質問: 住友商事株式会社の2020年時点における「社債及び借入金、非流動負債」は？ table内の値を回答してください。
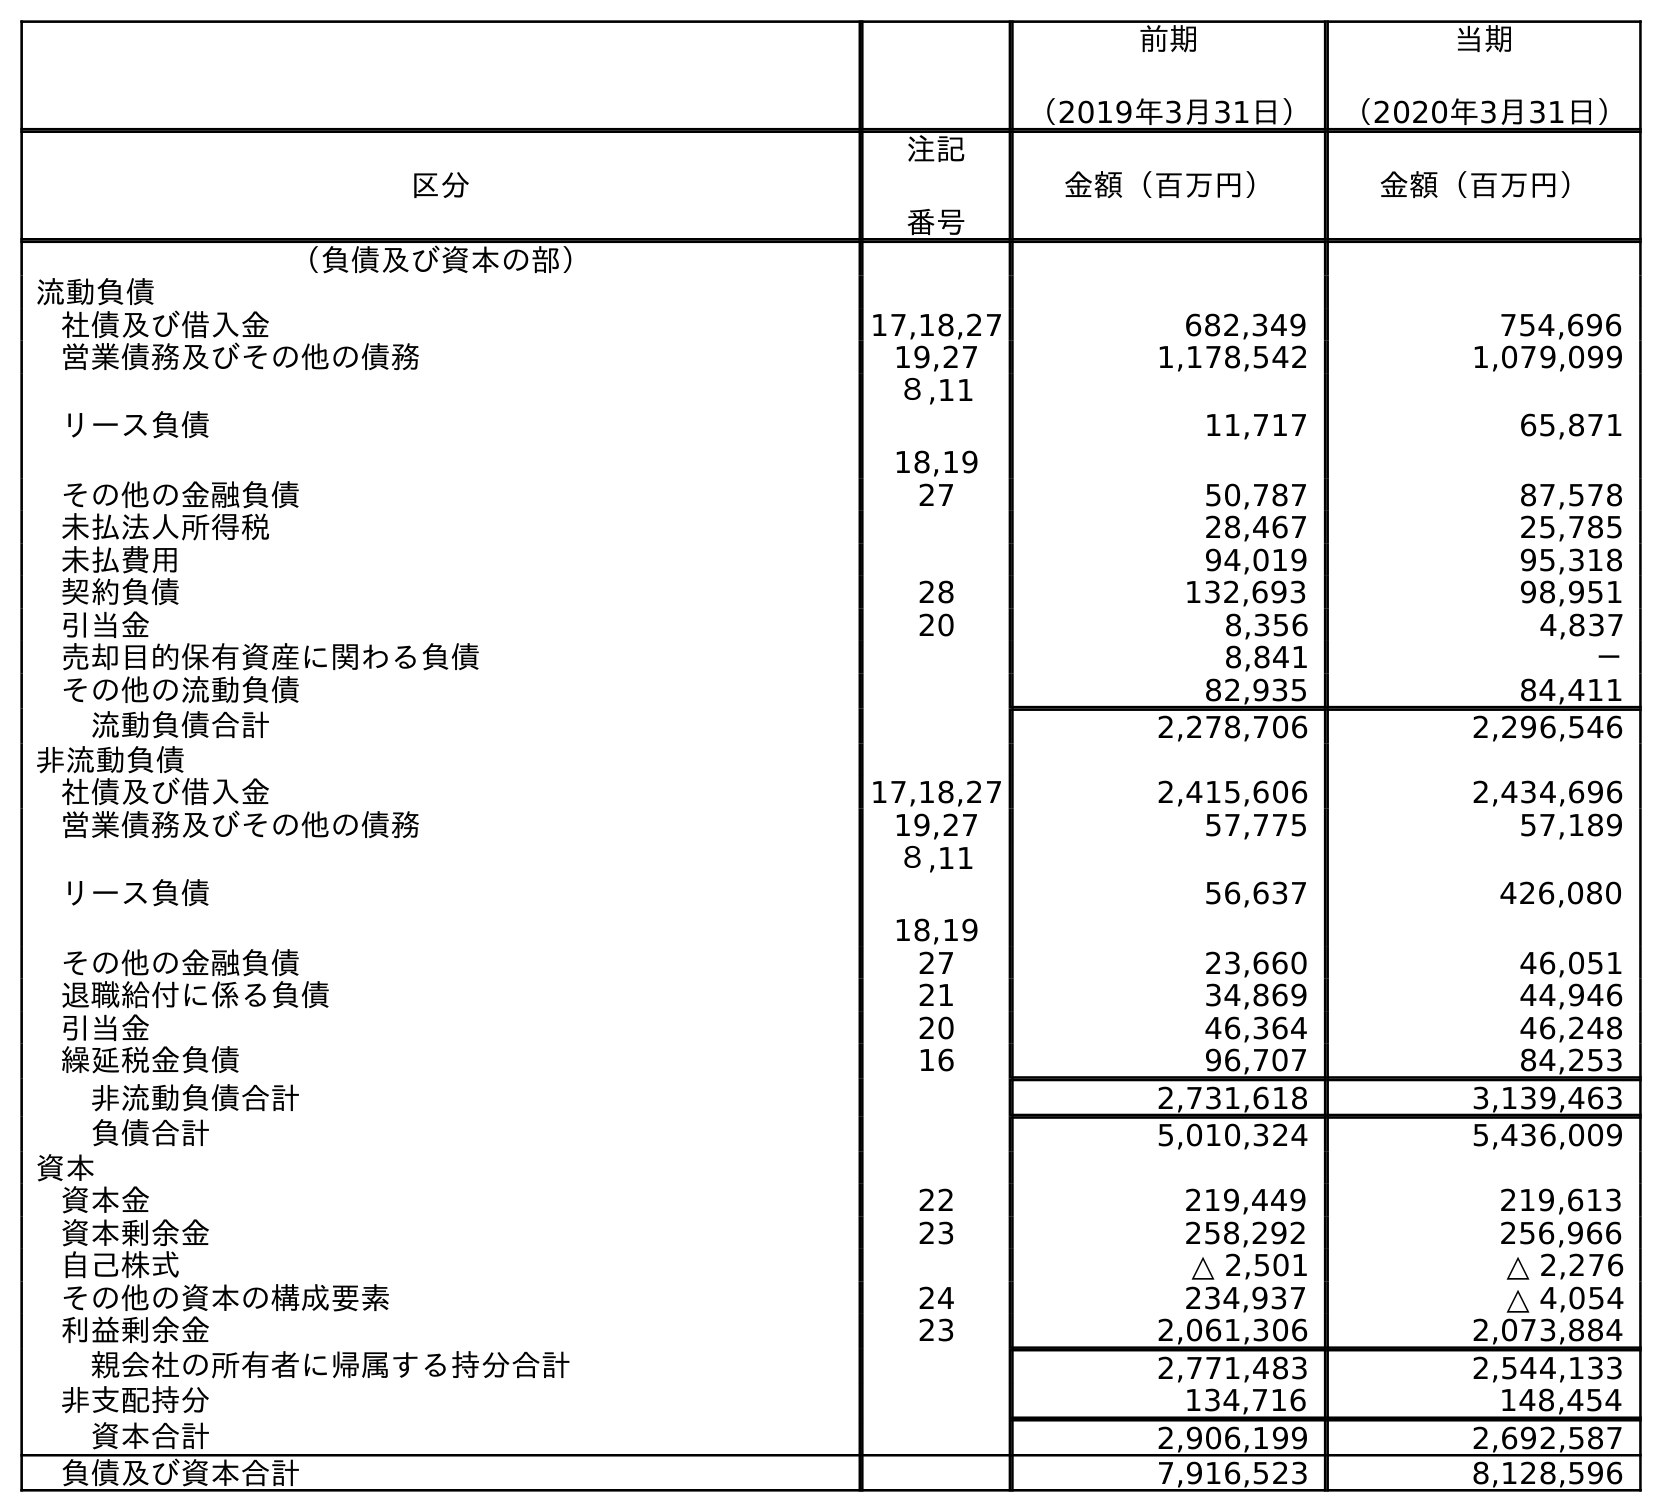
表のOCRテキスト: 前期 （2019年3月31日） 当期 （2020年3月31日） 区分 注記 番号 金額（百万円） 金額（百万円） （負債及び資本の部） 流動負債 社債及び借入金 17,18,27 682,349 754,696 営業債務及びその他の債務 19,27 1,178,542 1,079,099 リース負債 ８,11 18,19 11,717 65,871 その他の金融負債 27 50,787 87,578 未払法人所得税 28,467 25,785 未払費用 94,019 95,318 契約負債 28 132,693 98,951 引当金 20 8,356 4,837 売却目的保有資産に関わる負債 8,841 － その他の流動負債 82,935 84,411 流動負債合計 2,278,706 2,296,546 非流動負債 社債及び借入金 17,18,27 2,415,606 2,434,696 営業債務及びその他の債務 19,27 57,775 57,189 リース負債 ８,11 18,19 56,637 426,080 その他の金融負債 27 23,660 46,051 退職給付に係る負債 21 34,869 44,946 引当金 20 46,364 46,248 繰延税金負債 16 96,707 84,253 非流動負債合計 2,731,618 3,139,463 負債合計 5,010,324 5,436,009 資本 資本金 22 219,449 219,613 資本剰余金 23 258,292 256,966 自己株式 △ 2,501 △ 2,276 その他の資本の構成要素 24 234,937 △ 4,054 利益剰余金 23 2,061,306 2,073,884 親会社の所有者に帰属する持分合計 2,771,483 2,544,133 非支配持分 134,716 148,454 資本合計 2,906,199 2,692,587 負債及び資本合計 7,916,523 8,128,596
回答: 2,434,696